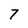
Character: 7